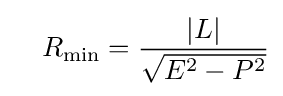
\quad R_{\mathrm {min} }={\frac {|L|}{\sqrt {E^{2}-P^{2}}}}